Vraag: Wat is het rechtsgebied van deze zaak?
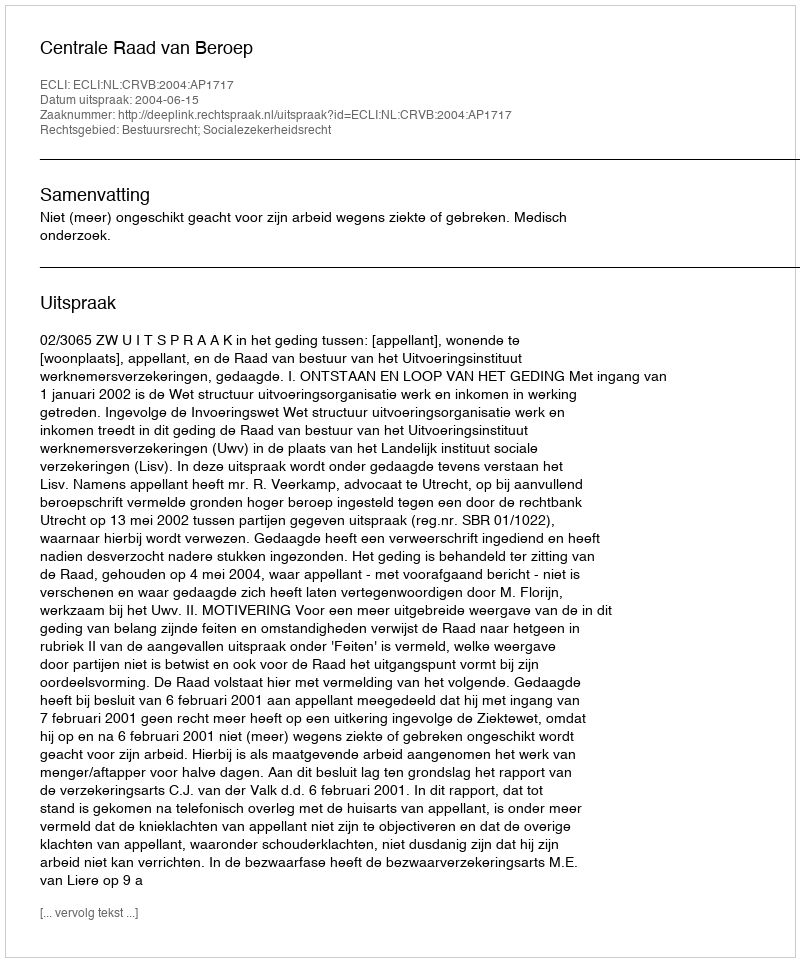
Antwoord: Bestuursrecht; Socialezekerheidsrecht